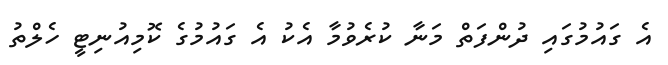
އެ ގައުމުގައި ދުންފަތް މަނާ ކުރެވުމާ އެކު އެ ގައުމުގެ ކޮމިއުނިޓީ ހެލްތު